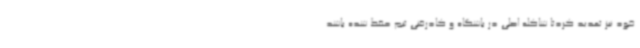
خود نیز تمدید کردتا شاکله اصلی در باشگاه و کادرفنی تیم حفظ شده باشد.